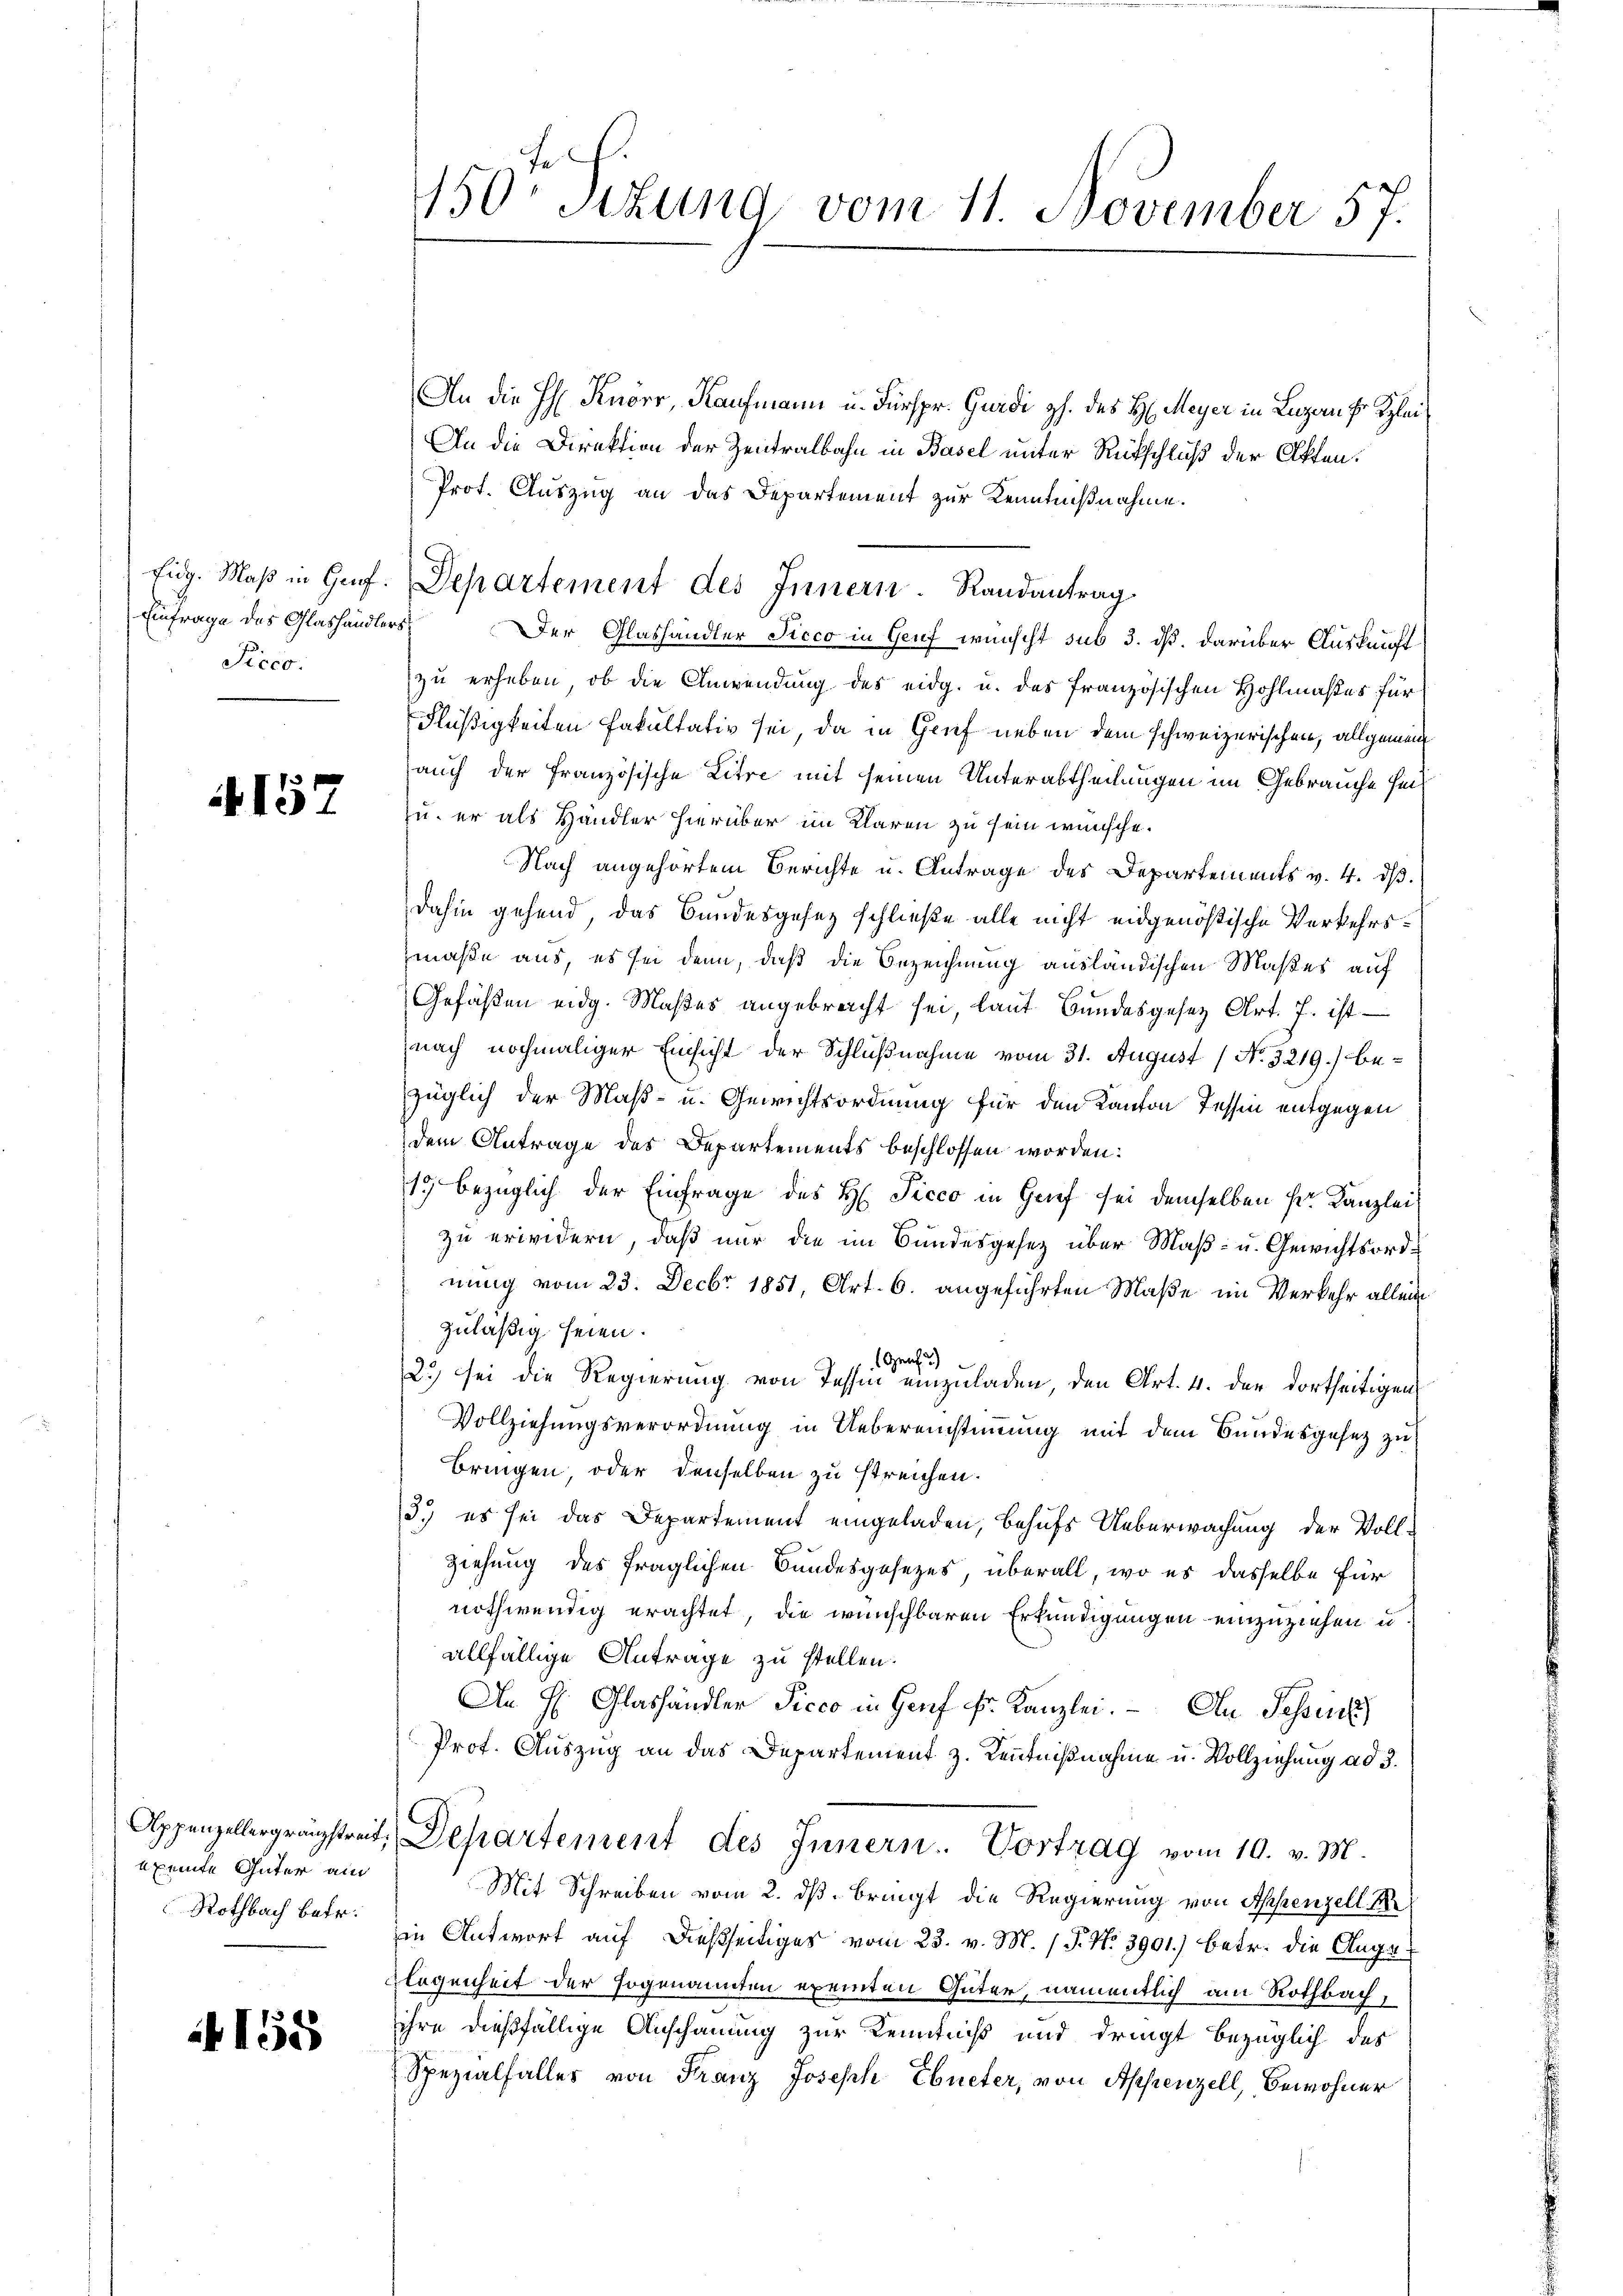
Einfrage des Glashändlers
Picco.

157

exemte Güter am
Rothbach betr.

f 15

An die H. Knorr, Kaufmann u. Fürspr. Gurdi H. des H. Meyer in Luzan Hr. Klei¬
An die Direktion der Zentralbahn in Basel unter Rückschluß der Otten.
Prot. Auszug an das Departement zur Kenntnißnahme.
Der Glashändler Picco in Genf wünscht sub 3. ds. darüber Auskunft
zu erheben, ob die Anwendung des eidg. u. das französischen Hohlmaßes für
Flüßigkeiten Fakultativ sei, da in Gruf neben dem schweizerischen, allgemein
auch der Französische Litre mit seinen Unterabtheilungen im Gebrauche seizu, er als Händler hierüber im Klaren zu sein wünsche.
Nach angehörtem Berichte u. Antrage des Departements v. 4. ds.
dahin gehend, das Bundesgesetz schließe alle nicht eidgenößische Verkehrsmaße aus, es sei denn, daß die Bezeichnung ausländischen Maßes auf
Gefäßen eidg. Maßes angebracht sei, laut Bundesgesetz Art. 7. ist
nach nochmaliger Einsicht der Schlußnahme vom 31. August (No. 3219.) bezüglich der Maß- u. Gewichtsordnung für den Kanton Tessin entgegen
dem Antrage des Departements beschlossen worden:
17 bezüglich der Einfrage des H. Picco in Grief sei demselben Sr. Kanzlei
zu erwidern, daß nur die im Bundesgesetz über Maß- u. Gewichtsordnung vom 23. Decbr 1851, Art. 6. angeführten Maße im Verkehr allein
zuläßig seien.
Genf)
2.) sei die Regierung von Tessin einzuladen, den Art. 4. der dortheitigen
Vollziehungsverordnung in Uebereinstimmung mit dem Bundesgesez zu
bringen, oder denselben zu streichen.
3.) es sei das Departement eingeladen, behufs Ueberwachung der Voll-
Ziehung des fraglichen Bundesgesezes, überall, wo es dasselbe für
nothwendig erachtet, die wünschbaren Erkundigungen einzuziehen u.
allfällige Antrage zu stellen.
An H: Glashändler Picco in Genf fr. Kanzlei. An Tessin
Prof. Auszug an das Departement z. Kenntnißnahme u. Vollziehung ad 3.
Appenzellergränzstreit, Departement des Innern Vortrag vom 10. v. M.
Mit Schreiben vom 2. ds. bringt die Regierung von Appenzell A.
in Antwort auf dießseitiges vom 23. v. M. (T. No. 3901.) betr. die Auge
legenheit der sogenannten exemten Güter, namentlich am Rothbach,
ihre dießfällige Anschauung zur Kenntniß und dringt bezüglich des
Spezialfalles von Franz Joseph Ebneter, von Appenzell, Bewohner

50te Sitzung vom 11. November 57.

füg. Maß in Genf. Departement des Innern. Randantrag